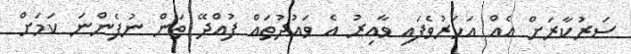
ސަރުކާރަށް އެއް އަހަރުވެފައި ވާއިރު އެ ވައުދުތައް ފުއްދޭ ތަން ނުފެންނަ ކަމަށް